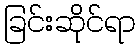
ခြင်းဆိုင်ရာ